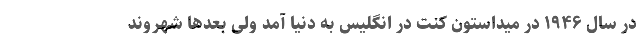
در سال ۱۹۴۶ در میداستون کنت در انگلیس به دنیا آمد ولی بعدها شهروند